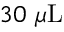
3 0 ~ \mu \mathrm { L }